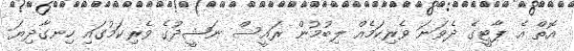
އޮތް އެ ޕާޓީގެ ދެވަނަ ވެރިކަމެއް ލިބުމުން ރައީސް ނަޝީދުގެ ވެރިކަމުގައި ހިނގާދިޔަ